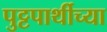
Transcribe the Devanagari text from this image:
पुट्टपार्थीच्या